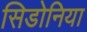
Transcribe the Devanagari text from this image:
सिडोनिया